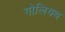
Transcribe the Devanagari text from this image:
गोलियथ